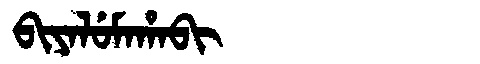
Manchu: ᠪᡳᠶᠠᠯᡠᠮᠠᡥᠠᠪᡳ
Romanization: BIYALUMAHABI